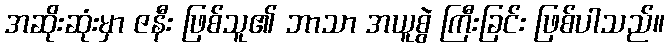
အဆိုးဆုံးမှာ ဇနီး ဖြစ်သူ၏ ဘာသာ အယူစွဲ ကြီးခြင်း ဖြစ်ပါသည်။